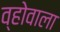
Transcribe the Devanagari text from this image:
व्होवाला